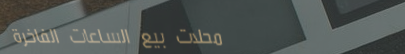
محلات بيع الساعات الفاخرة